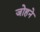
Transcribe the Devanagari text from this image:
जोहने